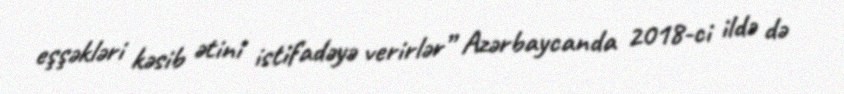
eşşəkləri kəsib ətini istifadəyə verirlər” Azərbaycanda 2018-ci ildə də